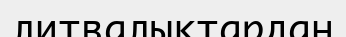
литвалықтардан